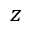
z